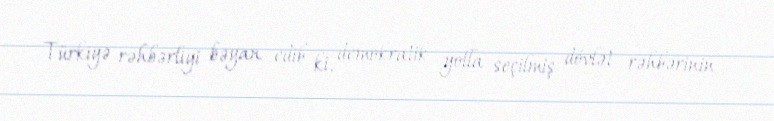
Türkiyə rəhbərliyi bəyan edib ki, demokratik yolla seçilmiş dövlət rəhbərinin